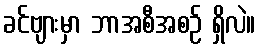
ခင်ဗျားမှာ ဘာအစီအစဉ် ရှိလဲ။